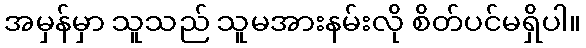
အမှန်မှာ သူသည် သူမအားနမ်းလို စိတ်ပင်မရှိပါ။